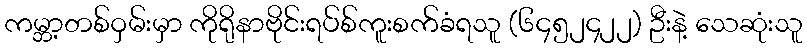
ကမ္ဘာ့တစ်ဝှမ်းမှာ ကိုရိုနာဗိုင်းရပ်စ်ကူးစက်ခံရသူ (၆၄၅၂၄၂၂) ဦးနဲ့ သေဆုံးသူ